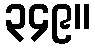
၃၄၉။